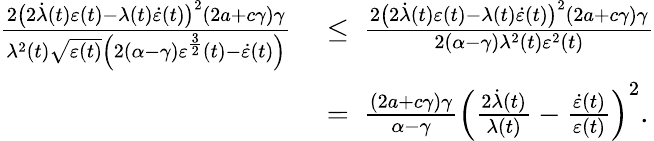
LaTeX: \begin{array}{rl}{\frac{2\big(2\dot{\lambda}(t)\varepsilon(t)-\lambda(t)\dot{\varepsilon}(t)\big)^{2}(2a+c\gamma)\gamma}{\lambda^{2}(t)\sqrt{\varepsilon(t)}\left(2(\alpha-\gamma)\varepsilon^{\frac{3}{2}}(t)-\dot{\varepsilon}(t)\right)}\ }&{\leq\ \frac{2\big(2\dot{\lambda}(t)\varepsilon(t)-\lambda(t)\dot{\varepsilon}(t)\big)^{2}(2a+c\gamma)\gamma}{2(\alpha-\gamma)\lambda^{2}(t)\varepsilon^{2}(t)}}\\ &{=\ \frac{(2a+c\gamma)\gamma}{\alpha-\gamma}\left(\frac{2\dot{\lambda}(t)}{\lambda(t)}-\frac{\dot{\varepsilon}(t)}{\varepsilon(t)}\right)^{2}.}\end{array}